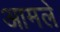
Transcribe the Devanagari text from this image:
आमले